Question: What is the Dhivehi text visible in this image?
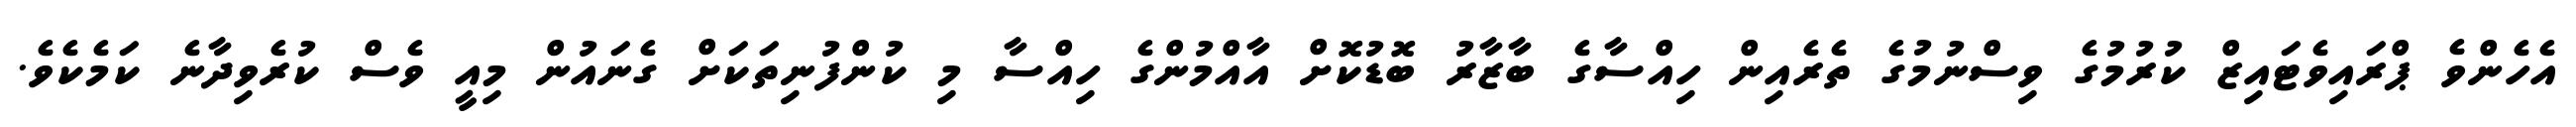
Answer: އެހެންވެ ޕްރައިވެޓައިޒް ކުރުމުގެ ވިސްނުމުގެ ތެރެއިން ހިއްސާގެ ބާޒާރު ބޮޑުކޮށް އާއްމުންގެ ހިއްސާ މި ކުންފުނިތަކަށް ގެނައުން މިއީ ވެސް ކުރެވިދާނެ ކަމެކެވެ.